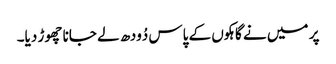
پر میں نے گاہکوں کے پاس دُودھ لے جانا چھوڑ دیا۔